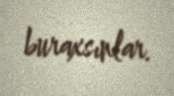
buraxsınlar.